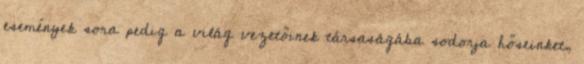
események sora pedig a világ vezetőinek társaságába sodorja hőseinket,